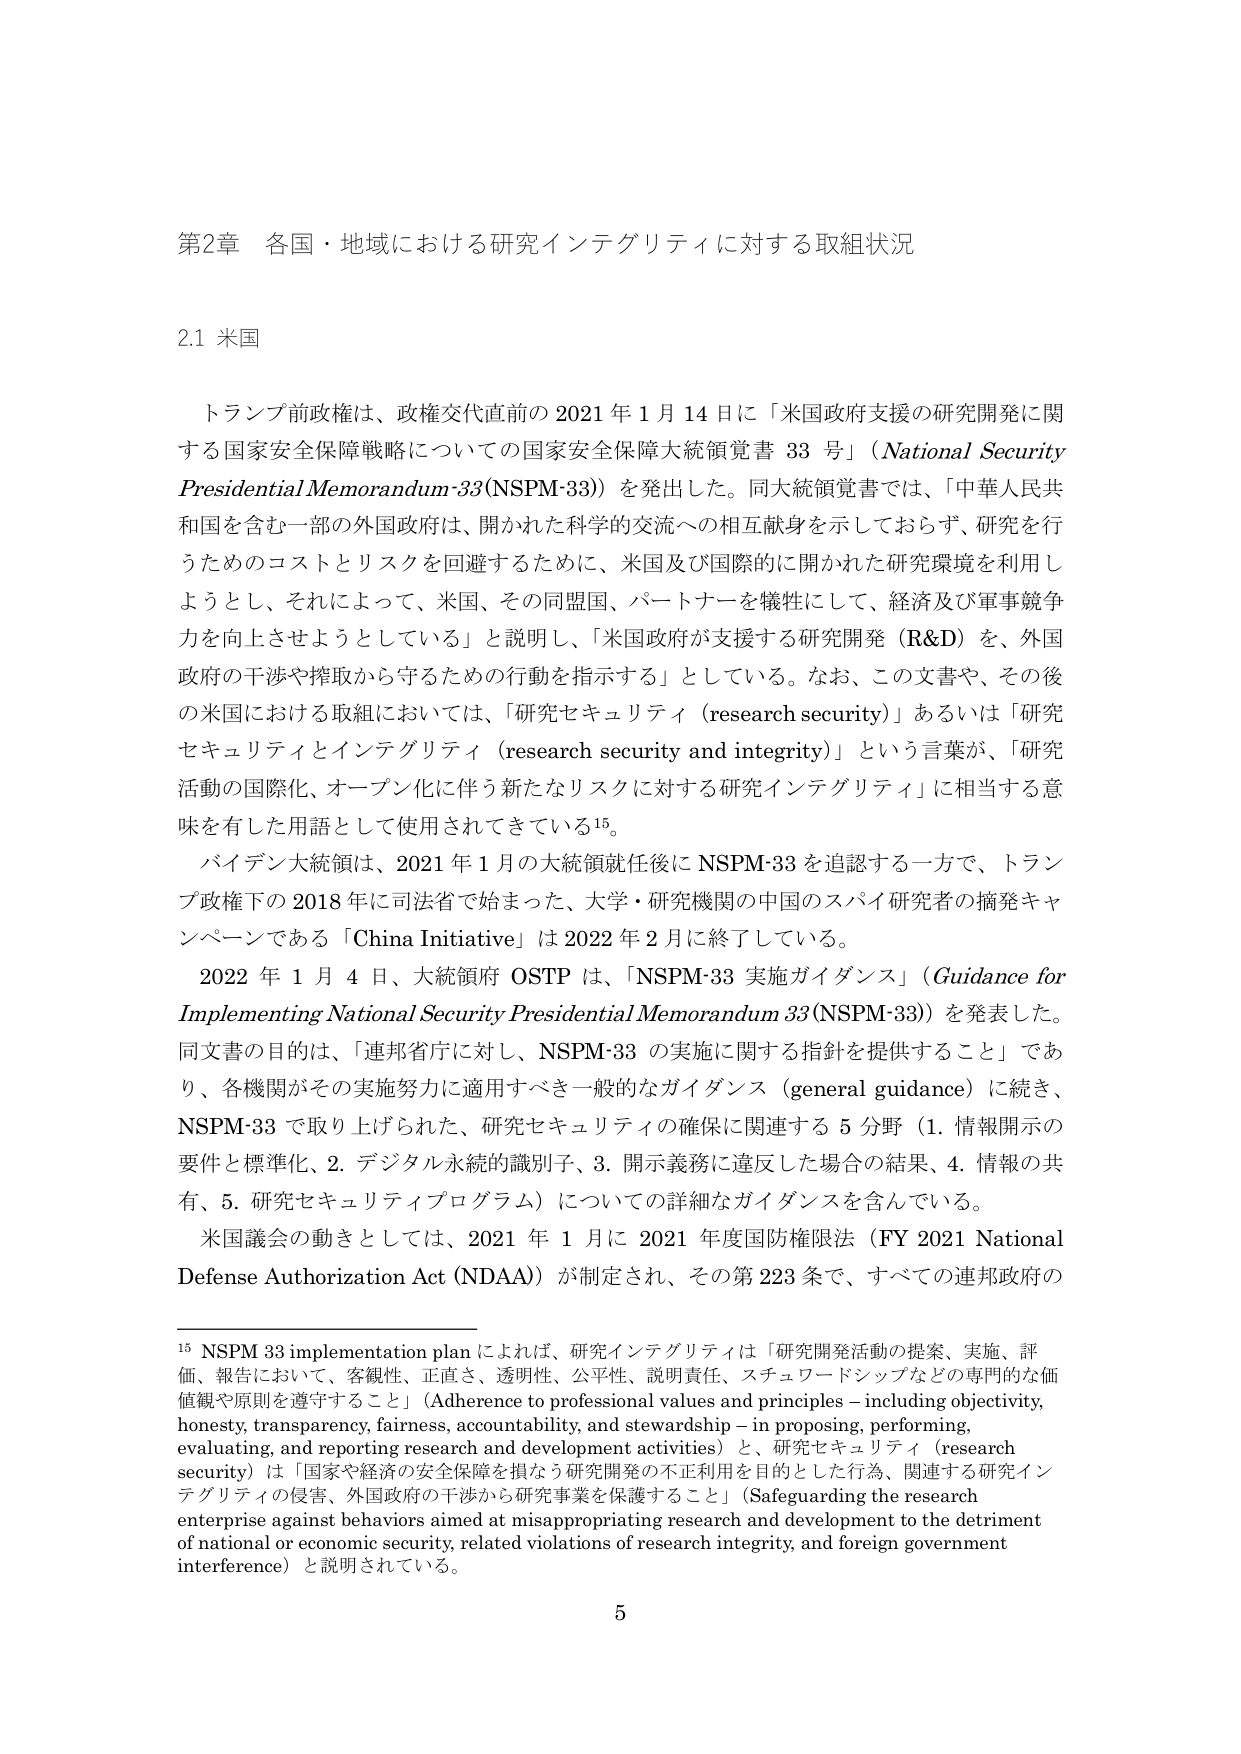
第2章 各国・地域における研究インテグリティに対する取組状況

2.1 米国

トランプ前政権は、政権交代直前の2021年1月14日に「米国政府支援の研究開発に関する国家安全保障戦略についての国家安全保障大統領覚書33号」（National Security Presidential Memorandum-33 (NSPM-33)）を発出した。同大統領覚書では、「中華人民共和国を含む一部の外国政府は、開かれた科学的交流への相互献身を示しておらず、研究を行うためのコストとリスクを回避するために、米国及び国際的に開かれた研究環境を利用しようとし、それによって、米国、その同盟国、パートナーを犠牲にして、経済及び軍事競争力を向上させようとしている」と説明し、「米国政府が支援する研究開発（R&D）を、外国政府の干渉や搾取から守るための行動を指示する」としている。なお、この文書や、その後の米国における取組においては、「研究セキュリティ（research security）」あるいは「研究セキュリティとインテグリティ（research security and integrity）」という言葉が、「研究活動の国際化、オープン化に伴う新たなリスクに対する研究インテグリティ」に相当する意味を有した用語として使用されてきている¹⁵。

バイデン大統領は、2021年1月の大統領就任後にNSPM-33を追認する一方で、トランプ政権下の2018年に司法省で始まった、大学・研究機関の中国のスパイ研究者の摘発キャンペーンである「China Initiative」は2022年2月に終了している。

2022年1月4日、大統領府OSTPは、「NSPM-33実施ガイダンス」（Guidance for Implementing National Security Presidential Memorandum 33 (NSPM-33)）を発表した。同文書の目的は、「連邦省庁に対し、NSPM-33の実施に関する指針を提供すること」であり、各機関がその実施努力に適用すべき一般的なガイダンス（general guidance）に続き、NSPM-33で取り上げられた、研究セキュリティの確保に関連する5分野（1. 情報開示の要件と標準化、2. デジタル永続的識別子、3. 開示義務に違反した場合の結果、4. 情報の共有、5. 研究セキュリティプログラム）についての詳細なガイダンスを含んでいる。

米国議会の動きとしては、2021年1月に2021年度国防権限法（FY 2021 National Defense Authorization Act (NDAA)）が制定され、その第223条で、すべての連邦政府の

¹⁵ NSPM 33 implementation plan によれば、研究インテグリティは「研究開発活動の提案、実施、評価、報告において、客観性、正直さ、透明性、公平性、説明責任、ステュワードシップなどの専門的な価値観や原則を遵守すること」（Adherence to professional values and principles – including objectivity, honesty, transparency, fairness, accountability, and stewardship – in proposing, performing, evaluating, and reporting research and development activities）と、研究セキュリティ（research security）は「国家や経済の安全保障を損なう研究開発の不正利用を目的とした行為、関連する研究インテグリティの侵害、外国政府の干渉から研究事業を保護すること」（Safeguarding the research enterprise against behaviors aimed at misappropriating research and development to the detriment of national or economic security, related violations of research integrity, and foreign government interference）と説明されている。

5